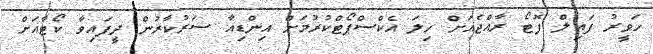
ހަވީރު ފައިލް ފޮޓޯ ރާއްޖެއަށް ހިލަ އެކްސްޕޯޓްކުރުމަށް އިންޑިއާ ސަރުކާރުން ދީފައިވާ ކޯޓާއަށް